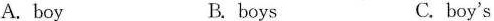
A. boy B.boys C. boy's